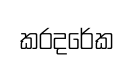
කරදරේක